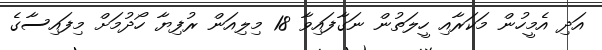
އަދި އެމީހުން މަކަރާއި ހީލަތުން ނަގާފައިވާ 18 މިލިއަން ރުފިޔާ ހޯދުމަށް މިފައިސާގެ